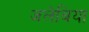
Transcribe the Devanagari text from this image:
जलेबिया